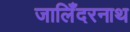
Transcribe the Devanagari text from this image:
जालिँदरनाथ